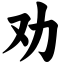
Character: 劝